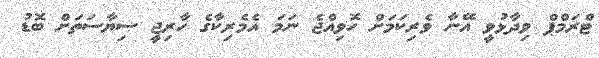
ޓްރަމްޕް ވިދާޅުވީ އޭނާ ވެރިކަމަށް ހޮވިއްޖެ ނަމަ އެމެރިކާގެ ހާރިޖީ ސިޔާސަތަށް ބޮޑު